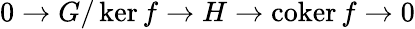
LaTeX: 0\rightarrow G/\ker f\rightarrow H\rightarrow\operatorname{coker}f\rightarrow 0